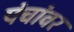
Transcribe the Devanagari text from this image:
पंचांवर